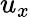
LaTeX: u_{x}